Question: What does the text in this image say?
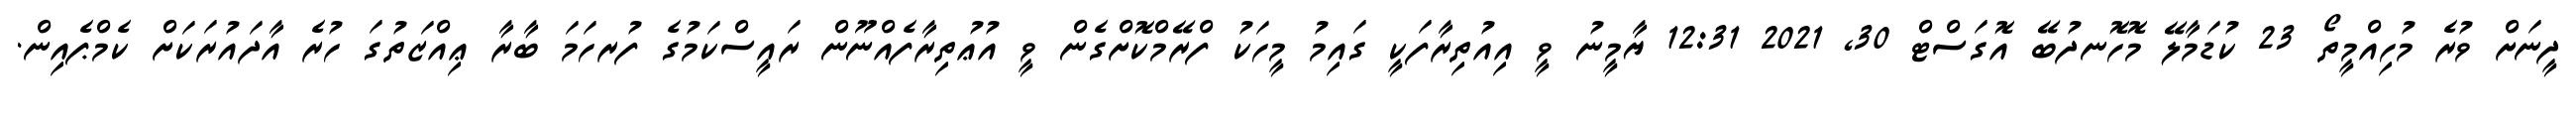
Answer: ދީނަށް ވުރެ މުހިއްމީތޯ 23 ކުޑަމާލޭ މޮހޮނދުބޭ އޮގަސްޓް 30, 2021 12:31 ޔާމީނު ވީ އިއުތިރާފަކީ ގައިމު މީހަކު ފްރޭމްކޮށްގެން ވީ އުޢުތިރާފެއްނޫން ރައީސްކަމުގެ ފުރހަމަ ބާރާ ޢިއްޒަތުގަ ހުރެ އާދައުރަކަށް ކެމްޕެއިން.